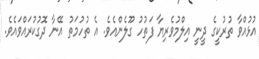
އުޅުއްވާ ތުރުކީގެ ދީނީ އިލްމުވެރިޔާ ފަތުހު ގޫލެންއެވެ. އެ ތުހުމަތު އޭނާ ދޮގުކުރައްވައެވެ.